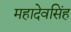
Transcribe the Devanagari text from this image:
महादेवसिंह